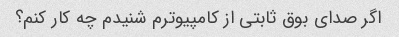
اگر صدای بوق ثابتی از کامپیوترم شنیدم چه کار کنم؟